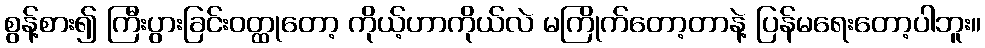
စွန့်စား၍ ကြီးပွားခြင်းဝတ္ထုတော့ ကိုယ့်ဟာကိုယ်လဲ မကြိုက်တော့တာနဲ့ ပြန်မရေးတော့ပါဘူး။